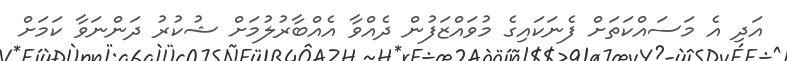
އަދި އެ މަސައްކަތަށް ފެނަކައިގެ މުވައްޒަފުން ދެއްވާ އެއްބާރުލުމަށް ޝުކުރު ދަންނަވާ ކަމަށް